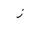
Letter: _zay